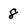
Character: 8